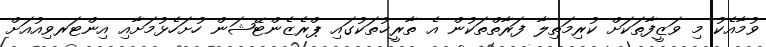
ވުމާއެކު މި ވަޒީފާތަކަށް ކުރިމަތިލާ ފަރާތްތަކުން އެ ތާރީޚުތަކުގައި ޕްރެޒެންޓޭޝަން ހުށަހެޅުމަށާއި އިންޓަރވިއުއަށް